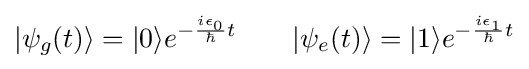
|\psi _{g}(t)\rangle =|0\rangle e^{-{\frac {i\epsilon _{0}}{\hbar }}t}\qquad |\psi _{e}(t)\rangle =|1\rangle e^{-{\frac {i\epsilon _{1}}{\hbar }}t}